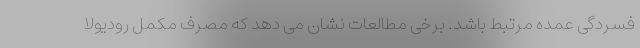
فسردگی عمده مرتبط باشد. برخی مطالعات نشان می دهد که مصرف مکمل رودیولا